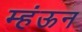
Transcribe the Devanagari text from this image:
म्हंऊन